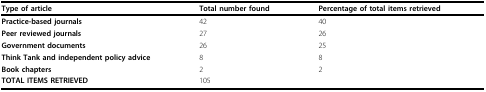
<table><thead><tr><td><b>Type of article</b></td><td><b>Total number found</b></td><td><b>Percentage of total items retrieved</b></td></tr></thead><tbody><tr><td><b>Practice-based journals</b></td><td>42</td><td>40</td></tr><tr><td><b>Peer reviewed journals</b></td><td>27</td><td>26</td></tr><tr><td><b>Government documents</b></td><td>26</td><td>25</td></tr><tr><td><b>Think Tank and independent policy advice</b></td><td>8</td><td>8</td></tr><tr><td><b>Book chapters</b></td><td>2</td><td>2</td></tr><tr><td><b>TOTAL ITEMS RETRIEVED</b></td><td>105</td><td></td></tr></tbody></table>